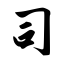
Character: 司